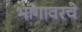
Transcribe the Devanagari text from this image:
भागावरचे